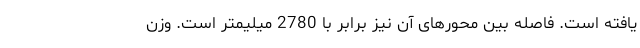
یافته است. فاصله بین محورهای آن نیز برابر با 2780 میلیمتر است. وزن